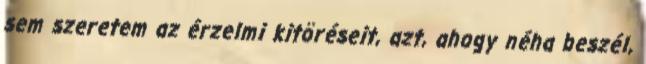
sem szeretem az érzelmi kitöréseit, azt, ahogy néha beszél,